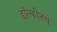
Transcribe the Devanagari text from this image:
डॉल्फीनचे